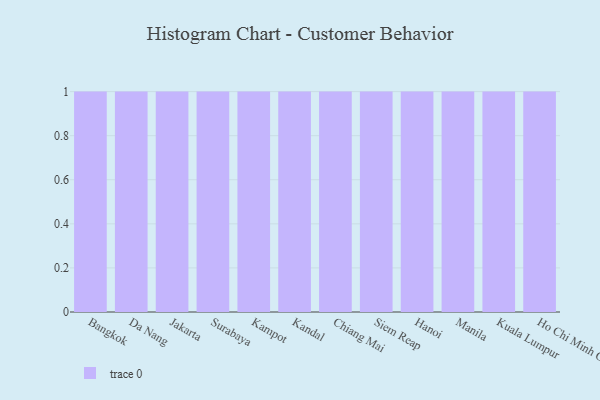
{"axis": {"x": "City", "y": "Latency (ms)"}, "legend": [""], "data": [{"x": "Bangkok", "y": 62, "type": ""}, {"x": "Da Nang", "y": 45, "type": ""}, {"x": "Jakarta", "y": 85, "type": ""}, {"x": "Surabaya", "y": 47, "type": ""}, {"x": "Kampot", "y": 37, "type": ""}, {"x": "Kandal", "y": 51, "type": ""}, {"x": "Chiang Mai", "y": 36, "type": ""}, {"x": "Siem Reap", "y": 60, "type": ""}, {"x": "Hanoi", "y": 48, "type": ""}, {"x": "Manila", "y": 98, "type": ""}, {"x": "Kuala Lumpur", "y": 84, "type": ""}, {"x": "Ho Chi Minh City", "y": 98, "type": ""}]}